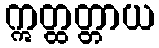
ဣတ္ထတ္တာယ